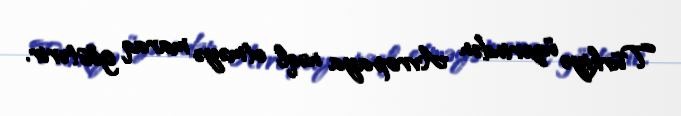
Türkiyə üzərindən Avropaya nəql etməyə maraq göstərir.